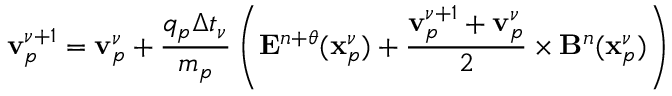
\displaystyle \mathbf { v } _ { p } ^ { \nu + 1 } = \mathbf { v } _ { p } ^ { \nu } + \frac { q _ { p } \Delta t _ { \nu } } { m _ { p } } \left( \mathbf { E } ^ { n + \theta } ( \mathbf { x } _ { p } ^ { \nu } ) + \frac { \mathbf { v } _ { p } ^ { \nu + 1 } + \mathbf { v } _ { p } ^ { \nu } } { 2 } \times \mathbf { B } ^ { n } ( \mathbf { x } _ { p } ^ { \nu } ) \right)